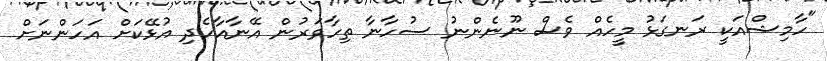
"ހާމިޝްއަކީ ރަނގަޅު މީހެއް ވެސް ނޫނެންނު ސުހާނާ ތިހާވަރުން އޭނާއާހެދި އުޅޭކަށް އަހަންނަށް